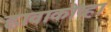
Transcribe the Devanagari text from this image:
ह्लावाकोव्हा